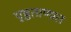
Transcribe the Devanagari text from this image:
पृष्ठताणात